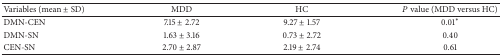
| Variables (mean ± SD) | MDD | HC | P value (MDD versus HC) |
 | --- | --- | --- | --- |
 | DMN-CEN | 7.15 ± 2.72 | 9.27 ± 1.57 | 0.01* |
 | DMN-SN | 1.63 ± 3.16 | 0.73 ± 2.72 | 0.40 |
 | CEN-SN | 2.70 ± 2.87 | 2.19 ± 2.74 | 0.61 |